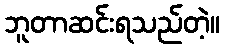
ဘူတာဆင်းရသည်တဲ့။